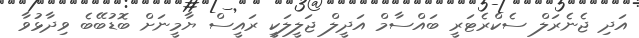
އަދި ޖެނެރަލް ސެކްރެޓަރީ ބައްސާމް އަދީލް ޖަލީލަކީ ރައީސް ޔާމީނަށް ބޮޑުބޭބެ ވިދާޅުވާ